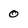
Character: 0